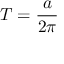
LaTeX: T = { \frac { a } { 2 \pi } }